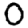
Digit: 0